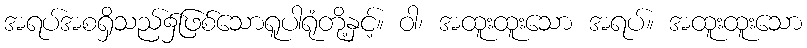
အရပ်အစရှိသည်၌ဖြစ်သောရူပါရုံတို့နှင့်။ ဝါ၊ အထူးထူးသော အရပ်။ အထူးထူးသော